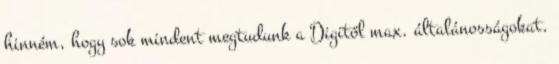
hinném, hogy sok mindent megtudunk a Digitől max. általánosságokat.